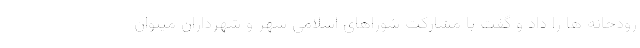
رودخانه ها را داد و گفت با مشارکت شوراهای اسلامی شهر و شهرداران میتوان